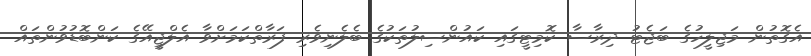
އެގޮތުން މަޖިލީހުގެ ބަޖެޓު ދިރާސާ ކޮމިޓީގައި ކައުންސިލުތަކުގެ ބެލެނިވެރި ފަރާތްކަމަށްވާ އެލްޖީއޭގެ ކަންބޮޑުވުންތައް